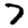
Digit: 7